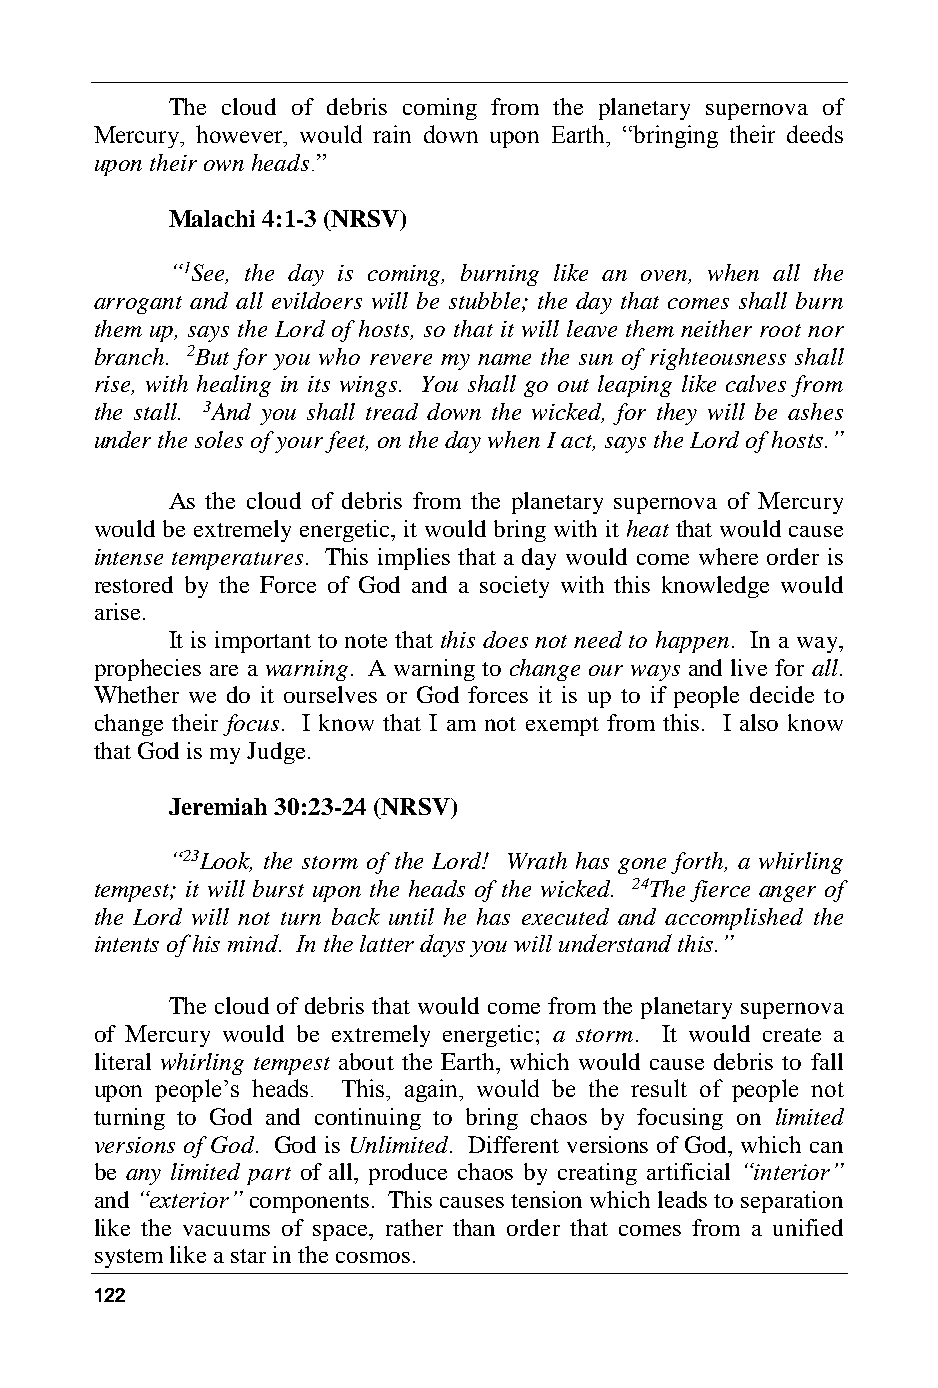
The cloud of debris coming from the planetary supernova of
 Mercury, however, would rain down upon Earth, “bringing their deeds
 upon their own heads.”
 Malachi 4:1-3 (NRSV)
 “1See, the day is coming, burning like an oven, when all the
 arrogant and all evildoers will be stubble; the day that comes shall burn
 them up, says the Lord of hosts, so that it will leave them neither root nor
 branch. 2But for you who revere my name the sun of righteousness shall
 rise, with healing in its wings. You shall go out leaping like calves from
 the stall. 3And you shall tread down the wicked, for they will be ashes
 under the soles of your feet, on the day when I act, says the Lord of hosts.”
 As the cloud of debris from the planetary supernova of Mercury
 would be extremely energetic, it would bring with it heat that would cause
 intense temperatures. This implies that a day would come where order is
 restored by the Force of God and a society with this knowledge would
 arise.
 It is important to note that this does not need to happen. In a way,
 prophecies are a warning. A warning to change our ways and live for all.
 Whether we do it ourselves or God forces it is up to if people decide to
 change their focus. I know that I am not exempt from this. I also know
 that God is my Judge.
 Jeremiah 30:23-24 (NRSV)
 “23Look, the storm of the Lord! Wrath has gone forth, a whirling
 tempest; it will burst upon the heads of the wicked. 24The fierce anger of
 the Lord will not turn back until he has executed and accomplished the
 intents of his mind. In the latter days you will understand this.”
 The cloud of debris that would come from the planetary supernova
 of Mercury would be extremely energetic; a storm. It would create a
 literal whirling tempest about the Earth, which would cause debris to fall
 upon people’s heads. This, again, would be the result of people not
 turning to God and continuing to bring chaos by focusing on limited
 versions of God. God is Unlimited. Different versions of God, which can
 be any limited part of all, produce chaos by creating artificial “interior”
 and “exterior” components. This causes tension which leads to separation
 like the vacuums of space, rather than order that comes from a unified
 system like a star in the cosmos.
 122